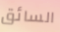
السائق